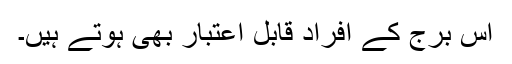
اس برج کے افراد قابل اعتبار بھی ہوتے ہیں۔